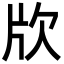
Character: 㸝